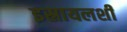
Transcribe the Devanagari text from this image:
इस्रायलशी